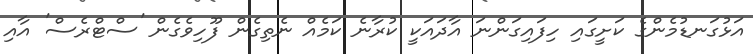
އަޅުގަނޑުމެންގެ ކަށީގައި ހިފައިގަންނަ އާދައަކީ ކުރާނެ ކަމެއް ނެތިގެން ފޫހިވެގެން 'ސްޓްރެސް' އާއި